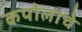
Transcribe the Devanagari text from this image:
कपोलाचे